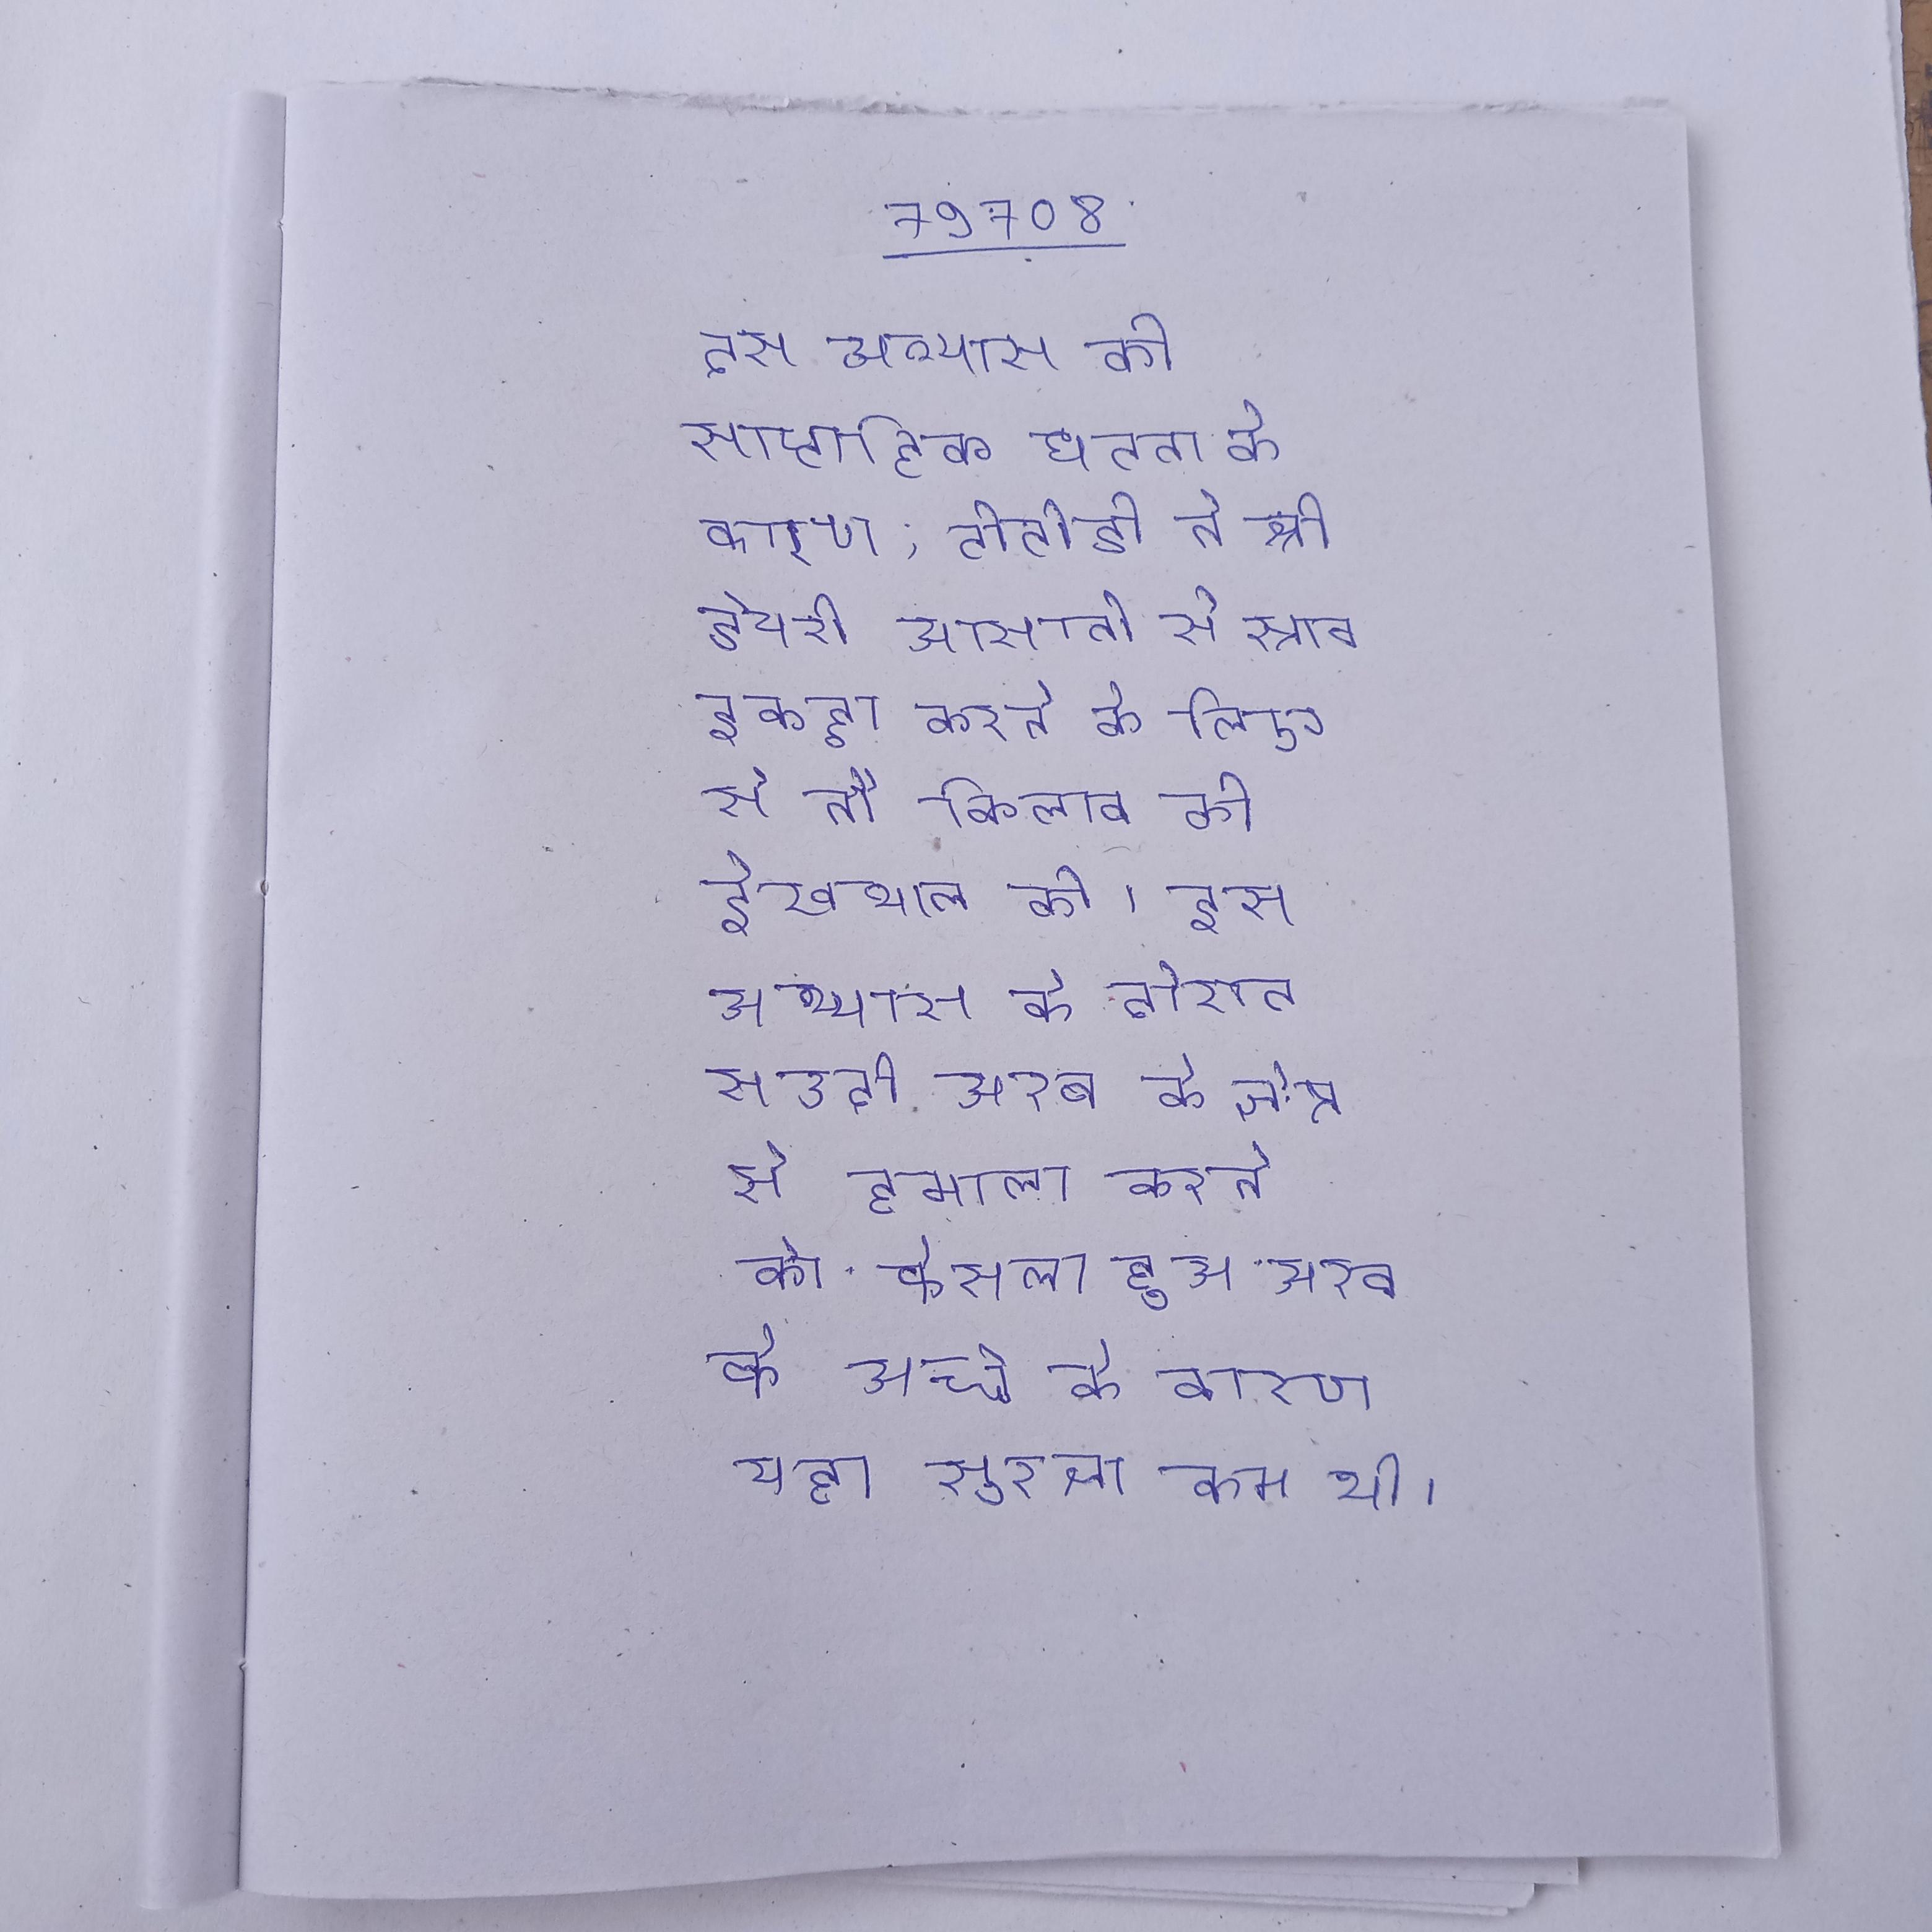
इस अभ्यास की साप्ताहिक घटना के कारण, टीटीडी ने श्री डेयरी आसानी से स्राव इकट्ठा करने के लिए से नौ बिलाव की देखभाल की । इस अभ्यास के दौरान सउदी अरब के क्षेत्र से हमाला करने का फैसला हुआ अरब के अच्छे के कारण यहा सुरक्षा कम थी ।